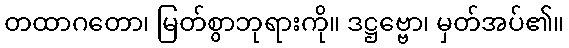
တထာဂတော၊ မြတ်စွာဘုရားကို။ ဒဋ္ဌဗ္ဗော၊ မှတ်အပ်၏။